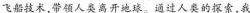
飞船技术，带领人类离开地球。通过人类的探索，我